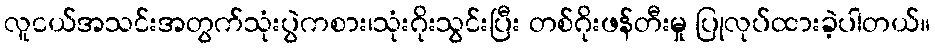
လူငယ်အသင်းအတွက်သုံးပွဲကစား၊သုံးဂိုးသွင်းပြီး တစ်ဂိုးဖန်တီးမှု ပြုလုပ်ထားခဲ့ပါတယ်။